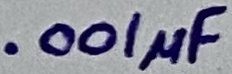
Text: .001µF